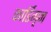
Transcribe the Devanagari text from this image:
कार्डिगृन